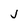
Character: j